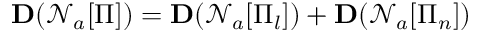
\mathbf { D } ( \mathcal { N } _ { a } [ \Pi ] ) = \mathbf { D } ( \mathcal { N } _ { a } [ \Pi _ { l } ] ) + \mathbf { D } ( \mathcal { N } _ { a } [ \Pi _ { n } ] )